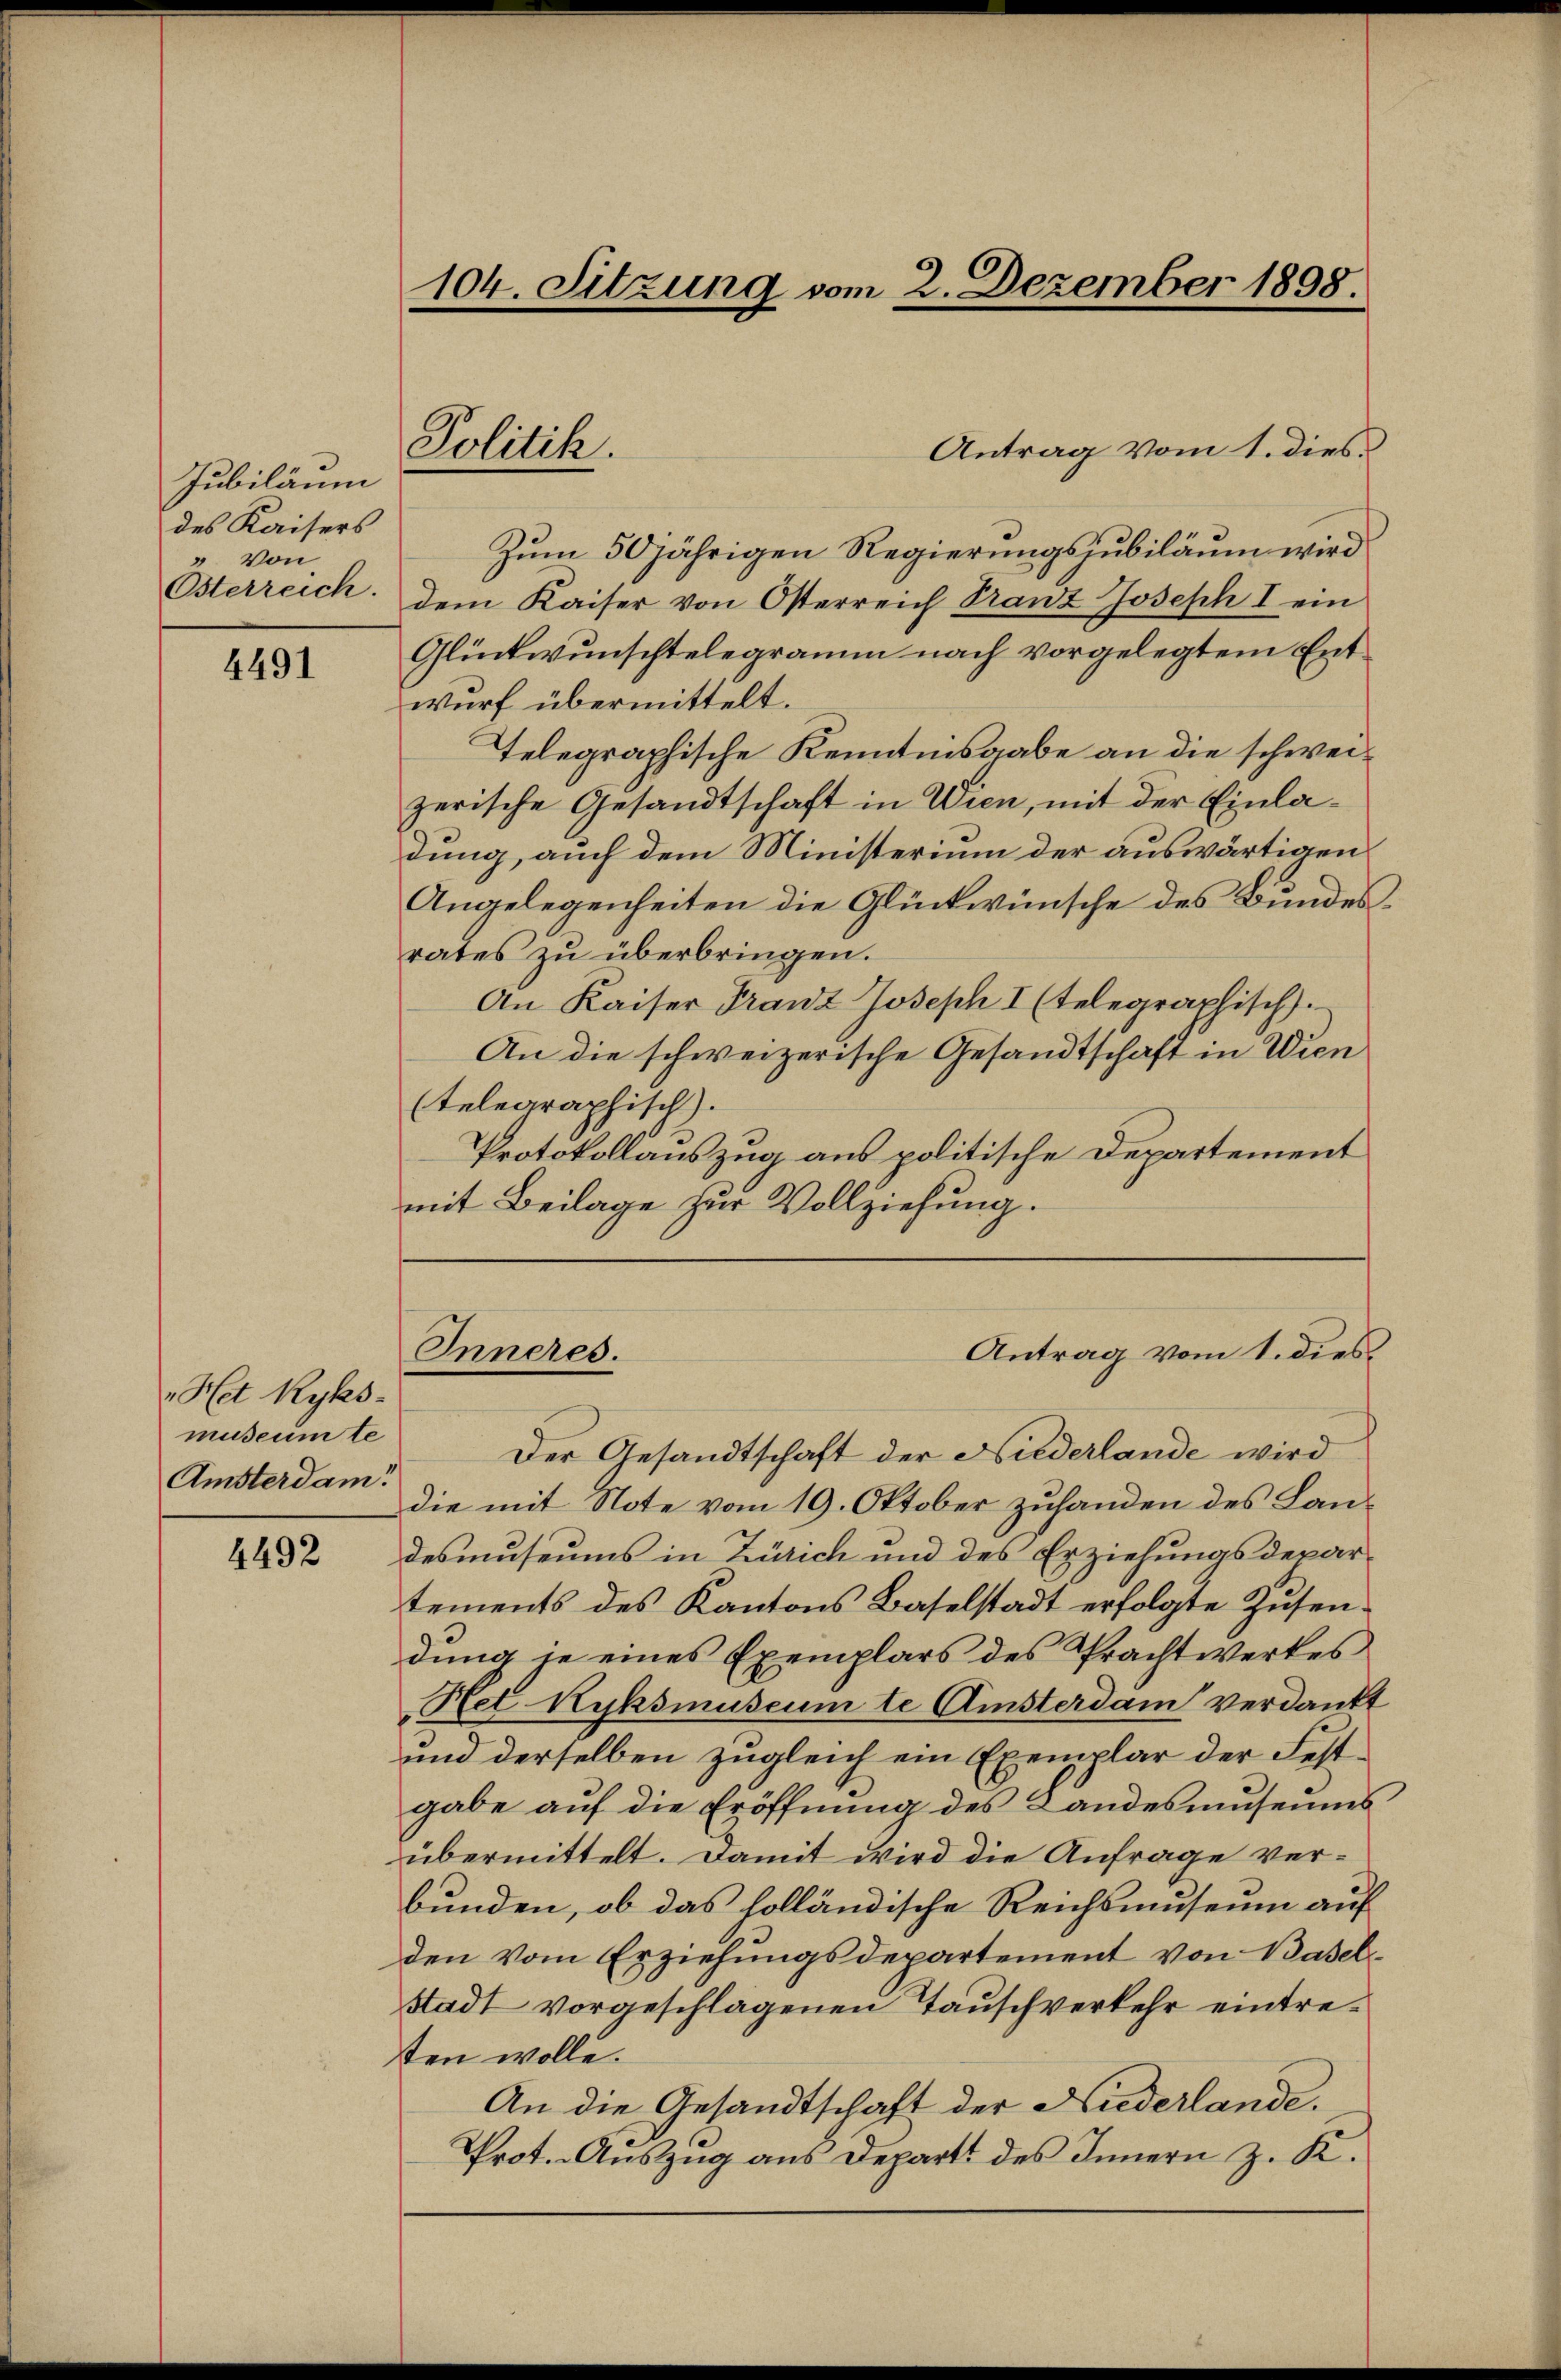
Jubiläum
des Kaisers
" von
Österreich.

4491

Het Ryks-
museumte
Amsterdam:

4492

104. Sitzung vom 2. Dezember 1898.

Antrag vom 1. dies
Zum 50jährigen Regierungsjubiläum wird
dem Kaiser von Osterreich Franz Joseph I ein
Glückwunschtelegramm nach vorgelegtem Entwurf übermittelt.
Telegraphische Kenntnisgabe an die schweizerische Gesandtschaft in Wien, mit der Einladung, auch dem Ministerium der auswärtigen
Angelegenheiten die Glückwünsche des Bundesrates zu überbringen.
An Kaiser Franz Joseph I (telegraphisch).
An die schweizerische Gesandtschaft in Wien
(telegraphisch).
Protokollauszug aus politische Departement
mit Beilage zur Vollziehung.

Politik.

Inneres.

Der Gesandtschaft der Niederlande wird
die mit Note vom 19. Oktober zuhanden des Landesmuseums in Zürich und des Erziehungsdepartements des Kantons Baselstadt erfolgte Zusendung in eines Exemplars des Prachtwerkes
Het Kyksmuseum te Amsterdam verdankt
und derselben zugleich ein Exemplar der Festgabe auf die Eröffnung des Landesmuseums
übermittelt. Damit wird die Anfrage verbunden, ob das holländische Reichsmuseum auf
den vom Erziehungsdepartement von Basel
Stadt vorgeschlagenen Tauschverkehr eintresten wolle.
An die Gesandtschaft der Niederlande.
Prot. Auszug aus Departs des Innern z. K.

Antrag vom 1. dies